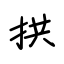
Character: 拱